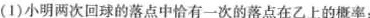
(1)小明两次回球的落点中恰有一次的落点在乙上的概率；